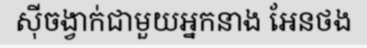
ស៊ីចង្វាក់ជាមួយអ្នកនាង អែនថង